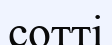
сотті